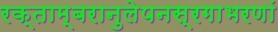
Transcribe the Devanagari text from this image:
रक्ताम्बरानुलेपनस्रगाभरणां